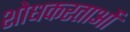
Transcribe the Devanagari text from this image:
शोधकरताओं